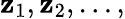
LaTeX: \mathbf{z}_{1},\mathbf{z}_{2},\ldots,